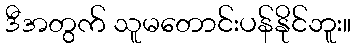
ဒီအတွက် သူမတောင်းပန်နိုင်ဘူး။